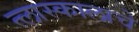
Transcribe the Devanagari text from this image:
त्लास्कालाचे